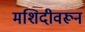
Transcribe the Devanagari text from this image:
मशिदीवरून